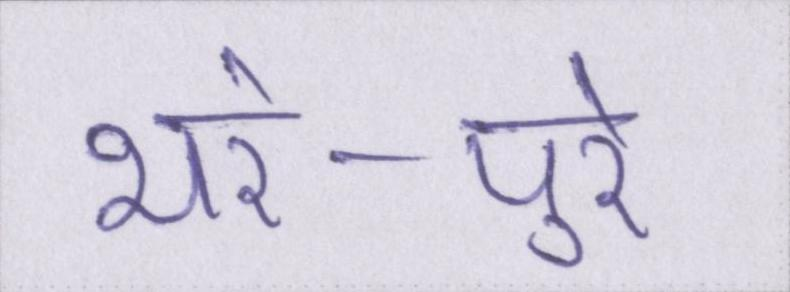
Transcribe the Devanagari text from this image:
भरे-पुरे